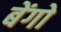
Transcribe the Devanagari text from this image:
बेंगो